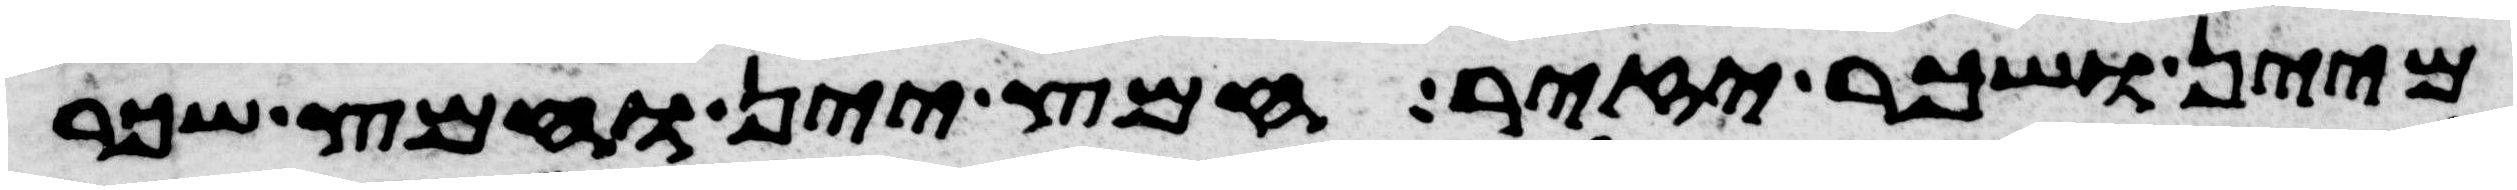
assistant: מיין ושכר יזיר חמץ יין וחמץ שכר